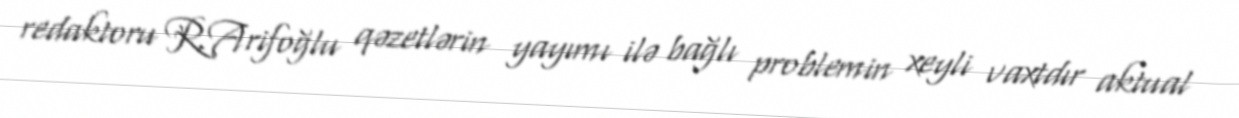
redaktoru R.Arifoğlu qəzetlərin yayımı ilə bağlı problemin xeyli vaxtdır aktual